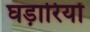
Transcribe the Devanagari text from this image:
घड़ारियों